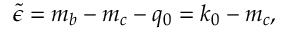
\tilde { \epsilon } = m _ { b } - m _ { c } - q _ { 0 } = k _ { 0 } - m _ { c } ,